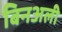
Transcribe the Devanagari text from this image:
बिनअली